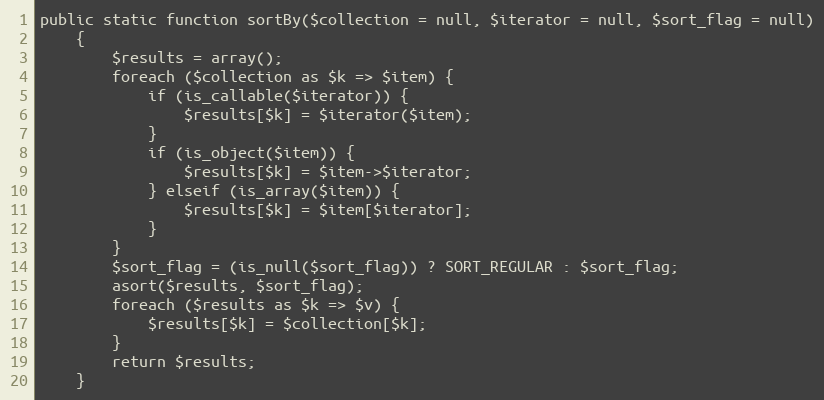
Language: PHP
public static function sortBy($collection = null, $iterator = null, $sort_flag = null)
    {
        $results = array();
        foreach ($collection as $k => $item) {
            if (is_callable($iterator)) {
                $results[$k] = $iterator($item);
            }
            if (is_object($item)) {
                $results[$k] = $item->$iterator;
            } elseif (is_array($item)) {
                $results[$k] = $item[$iterator];
            }
        }
        $sort_flag = (is_null($sort_flag)) ? SORT_REGULAR : $sort_flag;
        asort($results, $sort_flag);
        foreach ($results as $k => $v) {
            $results[$k] = $collection[$k];
        }
        return $results;
    }